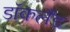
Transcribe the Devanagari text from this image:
डॉकलैंड